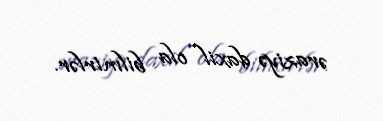
əraziyə daxil ola bilmirlər.